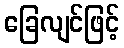
ခြေလျင်ဖြင့်